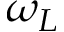
\omega _ { L }